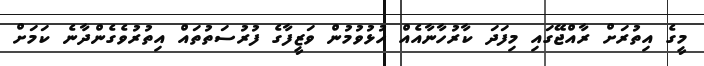
މީގެ އިތުރަށް ރާއްޖޭގައި މިފަދަ ކާރުހާނާއެއް ހުޅުވުމުން ވަޒީފާގެ ފުރުސަތުތައް އިތުރުވެގެންދާނެ ކަމަށް